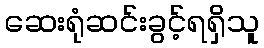
ဆေးရုံဆင်းခွင့်ရရှိသူ